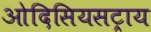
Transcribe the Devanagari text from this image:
ओदिसियसट्राय